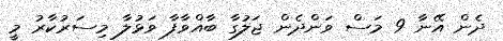
ދެން އޭނާ 9 މަސް ވަންދެން ޖަލުގާ ބާއްވާފާ ވަޅުލާ މިސަރުކާރު މީ